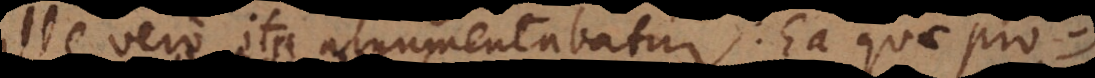
Ille vero ita argumentabatur: Ea quae pro